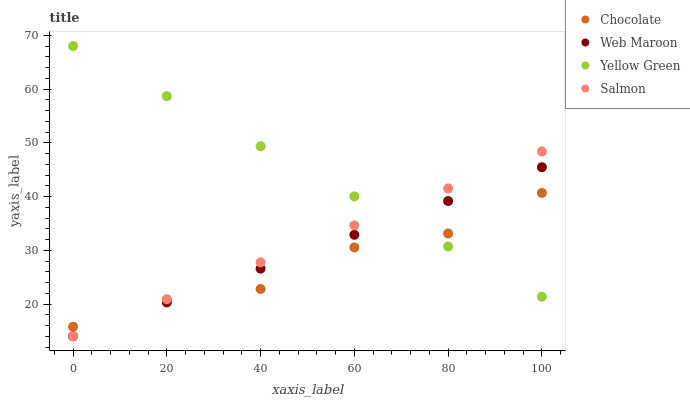
| xaxis_label | Chocolate | Web Maroon | Yellow Green | Salmon |
 | --- | --- | --- | --- | --- |
 | 0 | 15.8 | 14 | 68 | 14 |
 | 20 | 20.8 | 20.3 | 58.7 | 20.9 |
 | 40 | 22.8 | 26.6 | 49.3 | 27.8 |
 | 60 | 30.5 | 32.9 | 40 | 34.6 |
 | 80 | 33.1 | 39.2 | 30.7 | 41.5 |
 | 100 | 40.7 | 45.5 | 21.4 | 48.4 |